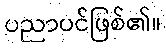
ပညာပင်ဖြစ်၏။